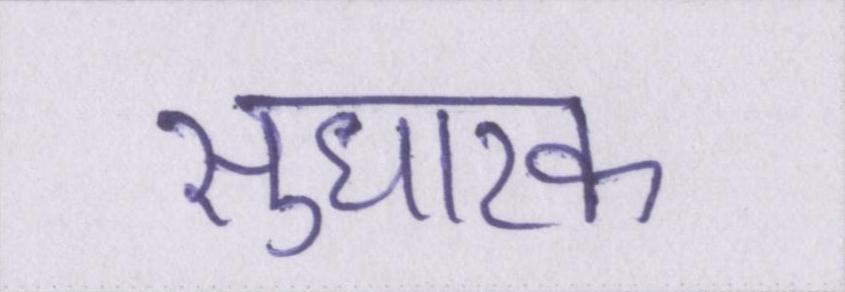
सुधारक